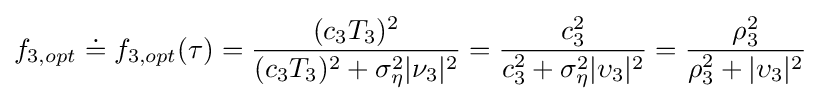
f_{3,opt}\doteq f_{3,opt}(\tau )={\frac {(c_{3}T_{3})^{2}}{(c_{3}T_{3})^{2}+\sigma _{\eta }^{2}|\nu _{3}|^{2}}}={\frac {c_{3}^{2}}{c_{3}^{2}+\sigma _{\eta }^{2}|\upsilon _{3}|^{2}}}={\frac {\rho _{3}^{2}}{\rho _{3}^{2}+|\upsilon _{3}|^{2}}}